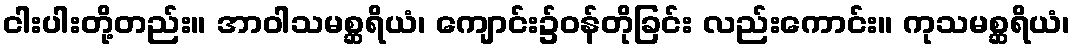
ငါးပါးတို့တည်း။ အာဝါသမစ္ဆရိယံ၊ ကျောင်း၌ဝန်တိုခြင်း လည်းကောင်း။ ကုသမစ္ဆရိယံ၊